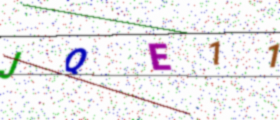
Text: JQE11